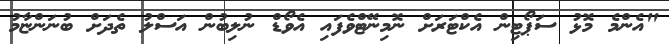
"އެންމެ މޮޅު ސަޕޯޓިން އެކްޓަރަށް ނޮމިނޭޓްވެފައި އެވޯޑް ނުލިބުން އަސްލު ތެދަށް ބުނަންޏާމު